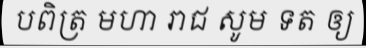
បពិត្រ មហា រាជ សូម ទត ឲ្យ